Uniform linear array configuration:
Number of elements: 48
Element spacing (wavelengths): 1
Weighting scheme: uniform
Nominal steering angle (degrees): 0
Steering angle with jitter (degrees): -1.183
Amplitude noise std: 0.05
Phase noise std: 0.05

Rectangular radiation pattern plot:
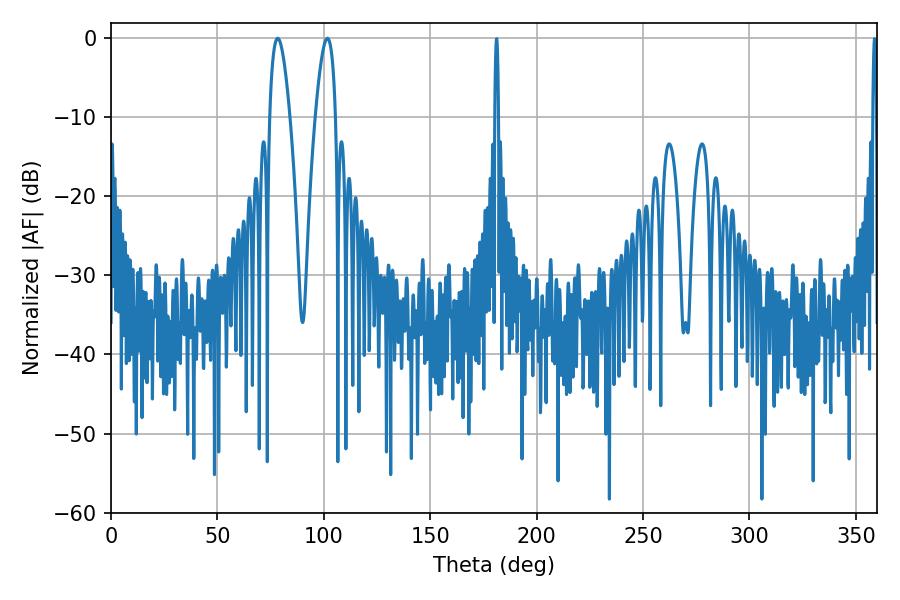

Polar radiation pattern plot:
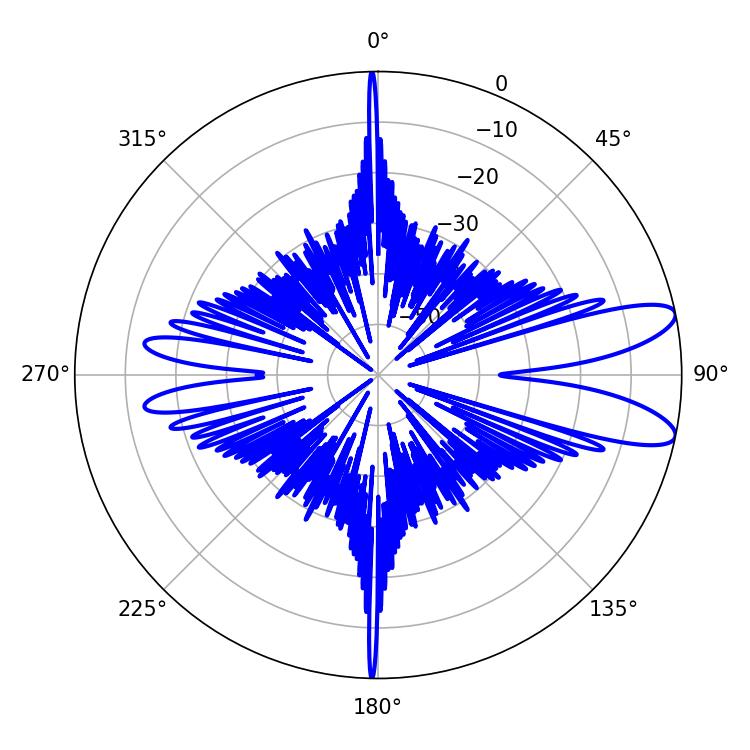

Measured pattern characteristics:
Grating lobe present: TRUE
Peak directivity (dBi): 10.295
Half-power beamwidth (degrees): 5.22
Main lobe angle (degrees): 78.3